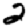
Digit: 2